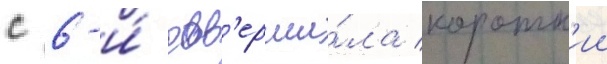
с 6-и́ сов'ерши́ла коротк'ии